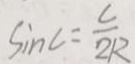
\sin C = \frac { C } { 2 R }